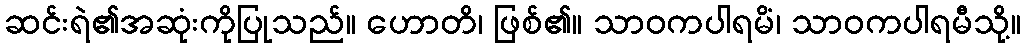
ဆင်းရဲ၏အဆုံးကိုပြုသည်။ ဟောတိ၊ ဖြစ်၏။ သာဝကပါရမိံ၊ သာဝကပါရမီသို့။